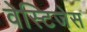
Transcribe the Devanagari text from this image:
वेस्टिजेस